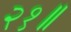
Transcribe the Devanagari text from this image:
२१॥